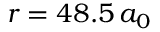
r = 4 8 . 5 \, a _ { 0 }